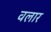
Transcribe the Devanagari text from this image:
वलार